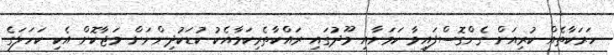
ހަރަކާތެއް ކުރިއަށް ގެންގޮސްފައިވާ ކަމަށާއި މޫދުގައި ރައްކާތެރިކަމާއެކު ކުޑަކުދިންނަށް މަޖާކޮށް އެކި ކަހަލަގެ